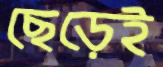
ছেড়েই